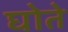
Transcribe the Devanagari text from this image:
घोते